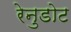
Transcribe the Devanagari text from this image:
रेनुडोट